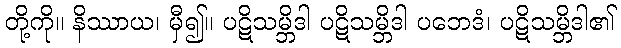
တို့ကို။ နိဿာယ၊ မှီ၍။ ပဋိသမ္ဘိဒါ ပဋိသမ္ဘိဒါ ပဘေဒံ၊ ပဋိသမ္ဘိဒါ၏